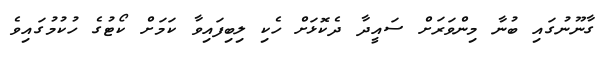
ގާނޫނުގައި ބުނާ މިންވަރަށް ސައީދާ ދެކޮޅަށް ހެކި ލިބިފައިވާ ކަމަށް ކޯޓުގެ ހުކުމުގައިވެ